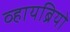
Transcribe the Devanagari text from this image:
व्हायब्रियो